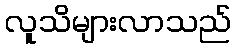
လူသိများလာသည်